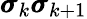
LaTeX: \pmb{\sigma}_{k}\pmb{\sigma}_{k+1}